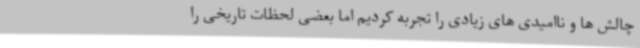
چالش ها و ناامیدی های زیادی را تجربه کردیم اما بعضی لحظات تاریخی را